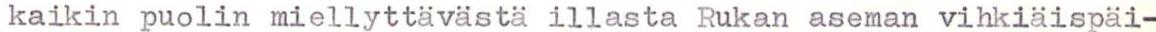
kaikin puolin miellyttävästä illasta Rukan aseman vihkiäispäi-